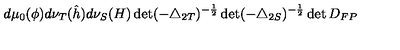
d \mu _ { 0 } ( \phi ) d \nu _ { T } ( \hat { h } ) d \nu _ { S } ( H ) \det ( - \triangle _ { 2 T } ) ^ { - \frac { 1 } { 2 } } \det ( - \triangle _ { 2 S } ) ^ { - \frac { 1 } { 2 } } \det D _ { F P }